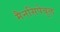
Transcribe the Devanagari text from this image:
मैनसिपेबुल